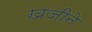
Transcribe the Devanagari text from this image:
खजीने